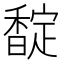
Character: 𮩪